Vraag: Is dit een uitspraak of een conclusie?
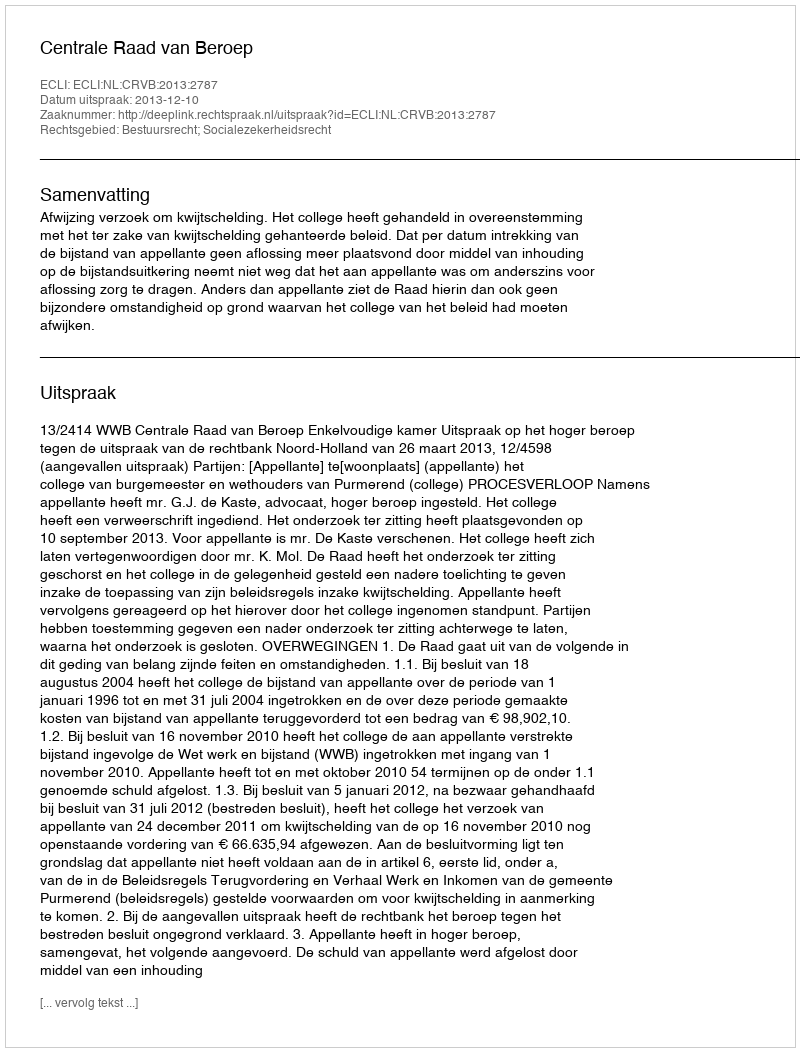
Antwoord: Uitspraak